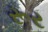
રૂર